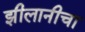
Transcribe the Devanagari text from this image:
झीलानीचा